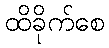
ထိခိုက်စေ